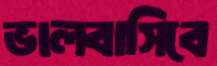
ভালবাসিবে